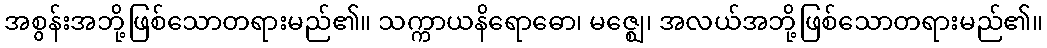
အစွန်းအဘို့ဖြစ်သောတရားမည်၏။ သက္ကာယနိရောဓော၊ မဇ္ဈေ၊ အလယ်အဘို့ဖြစ်သောတရားမည်၏။